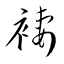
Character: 褄